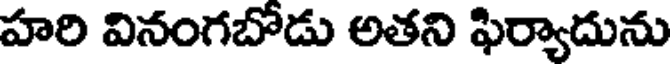
హరి వినంగబోడు అతని ఫిర్యాదును